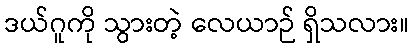
ဒယ်ဂူကို သွားတဲ့ လေယာဉ် ရှိသလား။